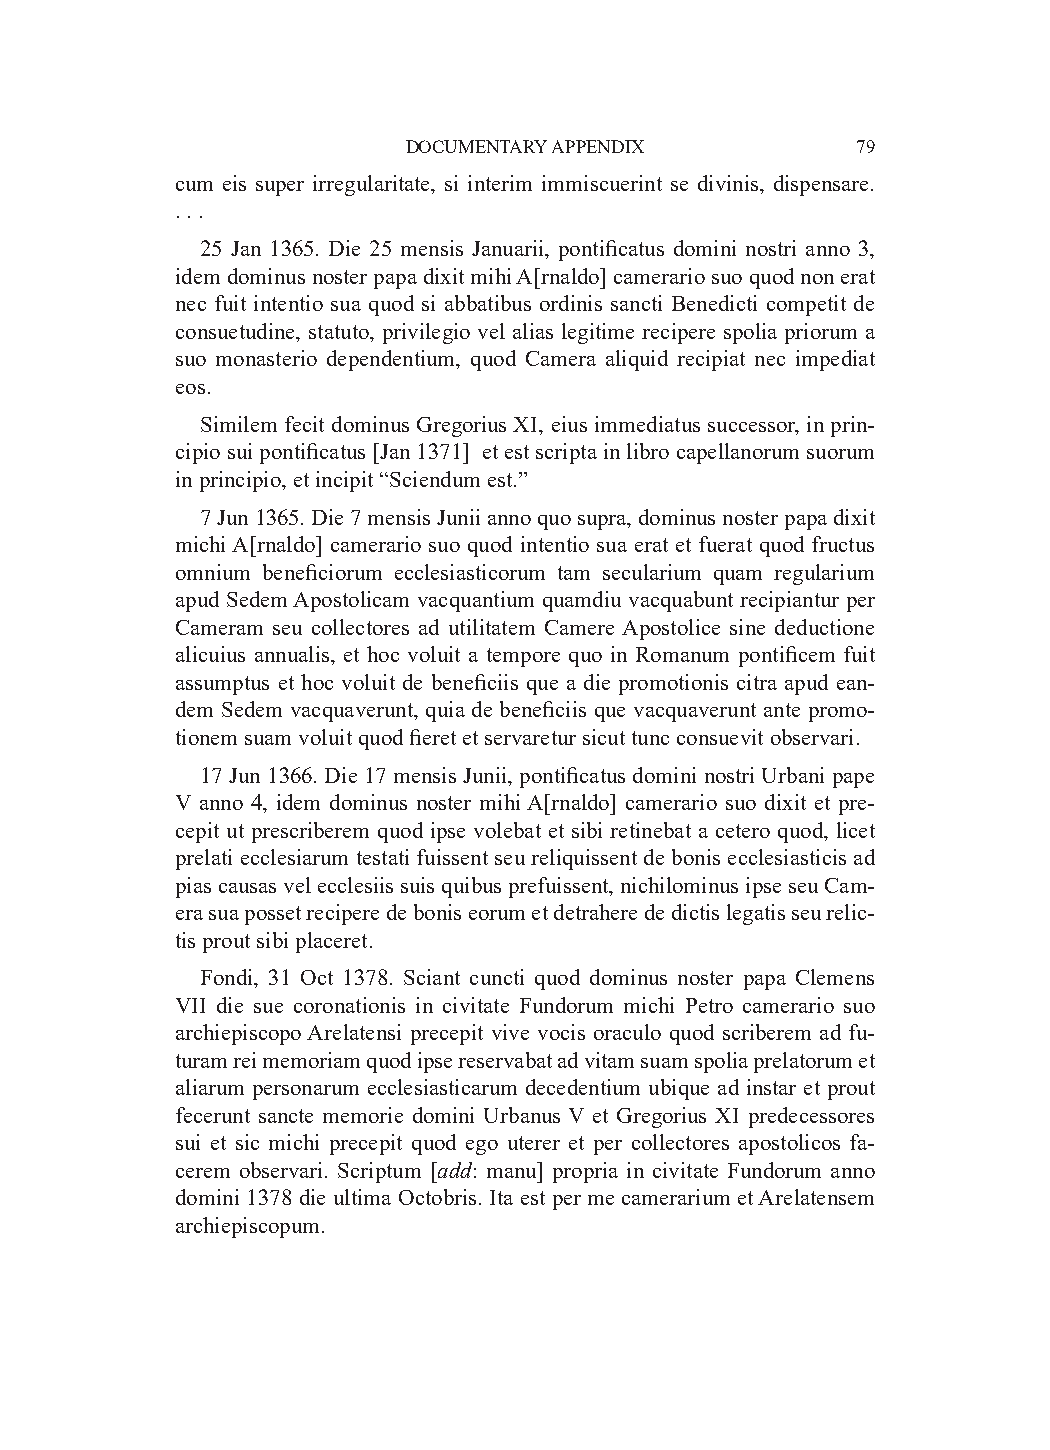
DOCUMENTARY APPENDIX          79
 cum eis super irregularitate, si interim immiscuerint se divinis, dispensare.
 . . .
 25 Jan 1365. Die 25 mensis Januarii, pontificatus domini nostri anno 3,
 idem dominus noster papa dixit mihi A[rnaldo] camerario suo quod non erat
 nec fuit intentio sua quod si abbatibus ordinis sancti Benedicti competit de
 consuetudine, statuto, privilegio vel alias legitime recipere spolia priorum a
 suo monasterio dependentium, quod Camera aliquid recipiat nec impediat
 eos.
 Similem fecit dominus Gregorius XI, eius immediatus successor, in prin-
 cipio sui pontificatus [Jan 1371] et est scripta in libro capellanorum suorum
 in principio, et incipit “Sciendum est.”
 7 Jun 1365. Die 7 mensis Junii anno quo supra, dominus noster papa dixit
 michi A[rnaldo] camerario suo quod intentio sua erat et fuerat quod fructus
 omnium beneficiorum ecclesiasticorum tam secularium quam regularium
 apud Sedem Apostolicam vacquantium quamdiu vacquabunt recipiantur per
 Cameram seu collectores ad utilitatem Camere Apostolice sine deductione
 alicuius annualis, et hoc voluit a tempore quo in Romanum pontificem fuit
 assumptus et hoc voluit de beneficiis que a die promotionis citra apud ean-
 dem Sedem vacquaverunt, quia de beneficiis que vacquaverunt ante promo-
 tionem suam voluit quod fieret et servaretur sicut tunc consuevit observari.
 17 Jun 1366. Die 17 mensis Junii, pontificatus domini nostri Urbani pape
 V anno 4, idem dominus noster mihi A[rnaldo] camerario suo dixit et pre-
 cepit ut prescriberem quod ipse volebat et sibi retinebat a cetero quod, licet
 prelati ecclesiarum testati fuissent seu reliquissent de bonis ecclesiasticis ad
 pias causas vel ecclesiis suis quibus prefuissent, nichilominus ipse seu Cam-
 era sua posset recipere de bonis eorum et detrahere de dictis legatis seu relic-
 tis prout sibi placeret.
 Fondi, 31 Oct 1378. Sciant cuncti quod dominus noster papa Clemens
 VII die sue coronationis in civitate Fundorum michi Petro camerario suo
 archiepiscopo Arelatensi precepit vive vocis oraculo quod scriberem ad fu-
 turam rei memoriam quod ipse reservabat ad vitam suam spolia prelatorum et
 aliarum personarum ecclesiasticarum decedentium ubique ad instar et prout
 fecerunt sancte memorie domini Urbanus V et Gregorius XI predecessores
 sui et sic michi precepit quod ego uterer et per collectores apostolicos fa-
 cerem observari. Scriptum [add: manu] propria in civitate Fundorum anno
 domini 1378 die ultima Octobris. Ita est per me camerarium et Arelatensem
 archiepiscopum.